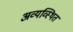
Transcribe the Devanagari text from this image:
अव्यव्स्थित